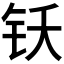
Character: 𬬴